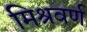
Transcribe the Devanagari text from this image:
मिश्रवर्ण